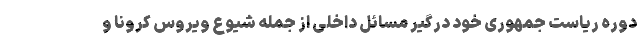
دوره ریاست جمهوری خود درگیر مسائل داخلی از جمله شیوع ویروس کرونا و